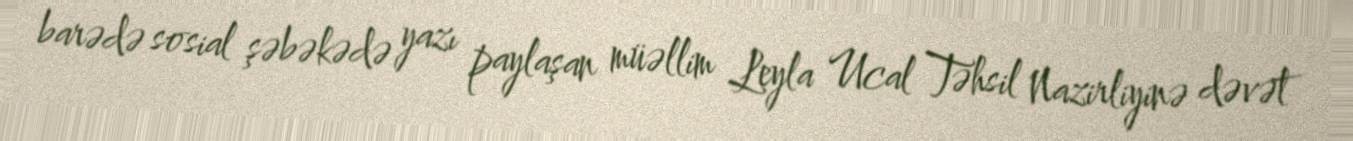
barədə sosial şəbəkədə yazı paylaşan müəllim Leyla Ucal Təhsil Nazirliyinə dəvət